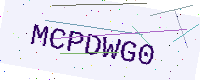
Text: MCPDWG0